Report of the Imperial Institute of Veterinary Research, Muktesar
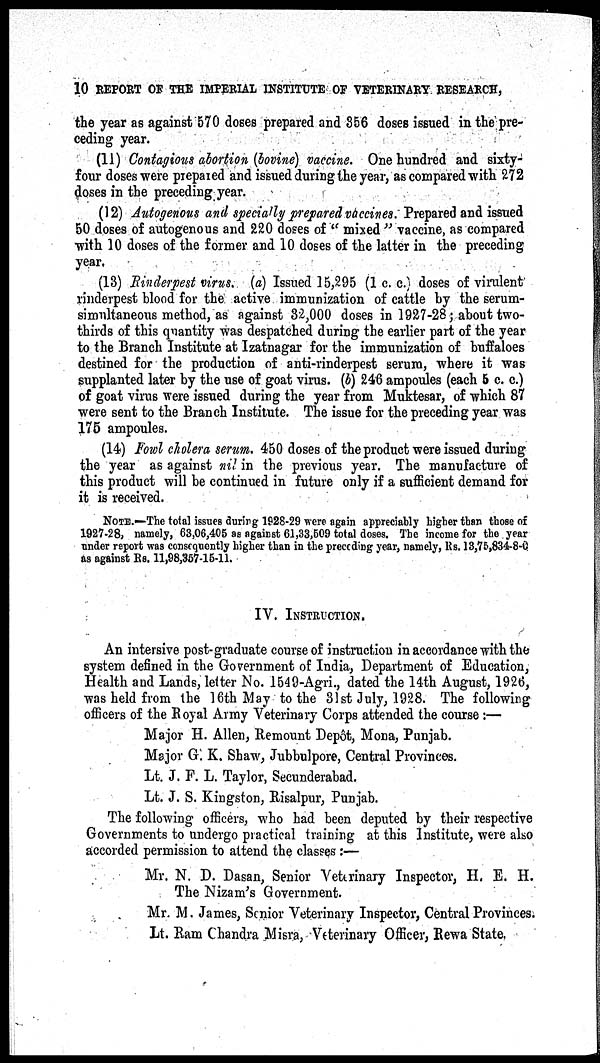
10 REPORT OF THE IMPERIAL INSTITUTE OF VETERINARY RESEARCH,
the year as against 570 doses prepared and 356 doses issued in the pre-
ceding year.
(11) Contagious abortion (bovine) vaccine. One hundred and sixty-
four doses were prepared and issued during the year, as compared with 272
doses in the preceding year.
(12) Autogenous and specially prepared vaccines. Prepared and issued
50 doses of autogenous and 220 doses of " mixed " vaccine, as compared
with 10 doses of the former and 10 doses of the latter in the preceding
year.
(13) Rinderpest virus. (a) Issued 15,295 (1 c. c.) doses of virulent
rinderpest blood for the active immunization of cattle by the serum-
simultaneous method, as against 32,000 doses in 1927-28; about two-
thirds of this quantity was despatched during the earlier part of the year
to the Branch Institute at Izatnagar for the immunization of buffaloes
destined for the production of anti-rinderpest serum, where it was
supplanted later by the use of goat virus. (b) 246 ampoules (each 5 c. c.)
of goat virus were issued during the year from Muktesar, of which 87
were sent to the Branch Institute. The issue for the preceding year was
175 ampoules.
(14) Fowl cholera serum. 450 doses of the product were issued during
the year as against nil in the previous year. The manufacture of
this product will be continued in future only if a sufficient demand for
it is received.
NOTE.—The total issues during 1928-29 were again appreciably higher than those of
1927-28, namely, 63,06,405 as against 61,33,509 total doses. The income for the year
under report was consequently higher than in the preceding year, namely, Rs. 13,75,834-8-0
as against Rs. 11,98,357-15-11.
IV. INSTRUCTION.
An intersive post-graduate course of instruction in accordance with the
system defined in the Government of India, Department of Education,
Health and Lands, letter No. 1549-Agri., dated the 14th August, 1926,
was held from the 16th May to the 31st July, 1928. The following
officers of the Royal Army Veterinary Corps attended the course :—
Major H. Allen, Remount Depôt, Mona, Punjab.
Major G. K. Shaw, Jubbulpore, Central Provinces.
Lt. J. F. L. Taylor, Secunderabad.
Lt. J. S. Kingston, Risalpur, Punjab.
The following officers, who had been deputed by their respective
Governments to undergo practical training at this Institute, were also
accorded permission to attend the classes :—
Mr. N. D. Dasan, Senior Veterinary Inspector, H. E. H.
The Nizam's Government.
Mr. M. James, Senior Veterinary Inspector, Central Provinces.
Lt. Ram Chandra Misra, Veterinary Officer, Rewa State.